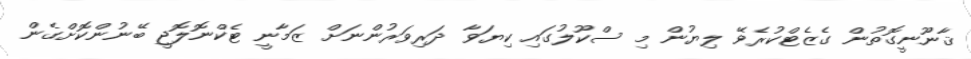
ޤާނޫނީގޮތުން ގެޒެޓްކުރެވޭ ލިޔުން މި ސްކޫލުގައި ކިޔަވާ ދަރިވަރުންނަށް ޒަމާނީ ޓެކްނޮލޮޖީ ބޭނުންކޮށްގެން